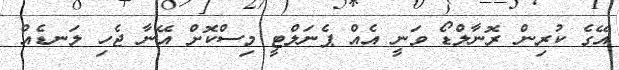
އޭގެ ކުރިން ރޮނާލްޑޯ ވަނީ އެއް ޕެނަލްޓީ މިސްކޮށް އޭނާ ޖެހި ލަނޑެއް